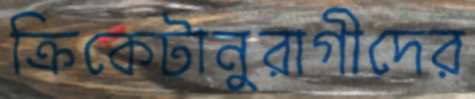
ক্রিকেটানুরাগীদের